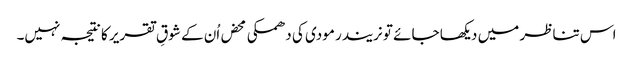
اس تناظر میں دیکھا جائے تو نریندر مودی کی دھمکی محض اُن کے شوقِ تقریر کا نتیجہ نہیں۔